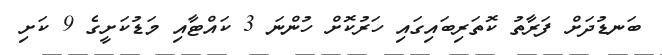
ބަނޑުދަށް ފަރާތު ކޮތަރިބައިގައި ހަރުކޮށް ހުންނަ 3 ކައްޓާއި މަޑުކަށީގެ 9 ކަށި